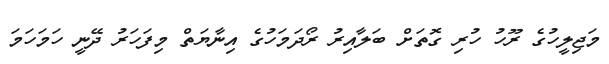
މަޖިލީހުގެ ރޫހު ހުރި ގޮތަށް ބަލާއިރު ރޯދަމަހުގެ އިނާޔަތް މިފަހަރު ދޭނީ ހަމަހަމަ